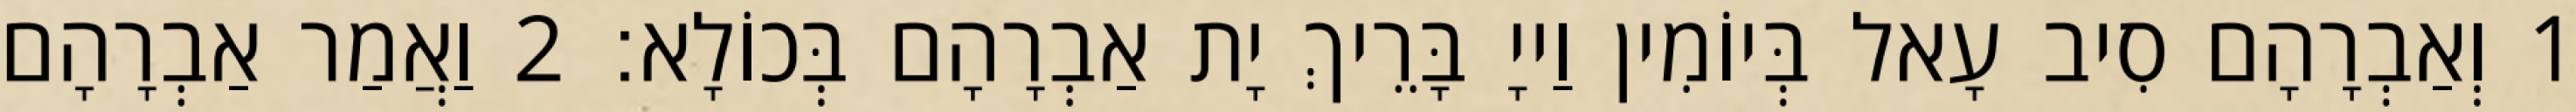
1 וְאַבְרָהָם סִיב עָאל בְּיוֹמִין וַייָ בָּרֵיךְ יָת אַבְרָהָם בְּכוֹלָא׃ 2 וַאֲמַר אַבְרָהָם